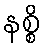
နစ္စိ